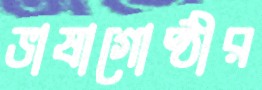
ভাষাগোষ্ঠীর